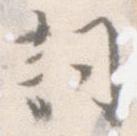
詞